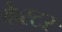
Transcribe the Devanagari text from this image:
वेव्स्टर